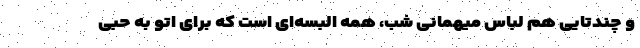
و چندتایی هم لباس میهمانی شب، همه البسه‌ای است که برای اتو به حبی